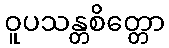
ဝူပသန္တစိတ္တော